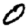
Digit: 0